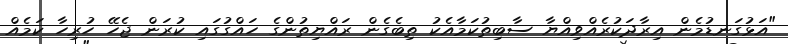
"އަޅުގަނޑުމެން އިރާދަކުރެއްވިއްޔާ ސާބިތުކަމާއެކު ތިބެގެން ރައްޔިތުންގެ ހައްގުގައި ކުރަން ޖެހޭ ހުރިހާ ކަމެއް